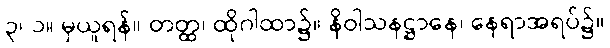
၃၊ ၁။ မှယူရန်။ တတ္ထ၊ ထိုဂါထာ၌။ နိဝါသနဋ္ဌာနေ၊ နေရာအရပ်၌။